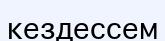
кездессем